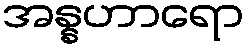
အန္နဟာရော